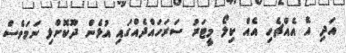
އަދި އެ އެއްޗެހި އެއް ކިލޯ މީޓަރު ސަރަހައްދެއްގައި އުޅެން ދޫކޮށްލި ނަމަވެސް